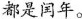
都是闰年。